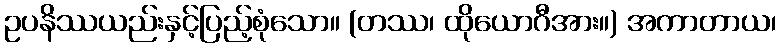
ဥပနိဿယည်းနှင့်ပြည့်စုံသော။ (တဿ၊ ထိုယောဂီအား။) အကာတာယ၊